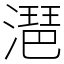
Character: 潖